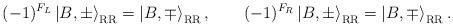
LaTeX: \begin{align*}(-1)^{F_{L}}\left|B,\pm\right\rangle_{\rm RR}=\left|B,\mp\right\rangle_{\rm RR},\qquad(-1)^{F_R}\left|B,\pm\right\rangle_{\rm RR}=\left|B,\mp\right\rangle_{\rm RR}.\end{align*}